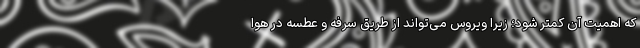
که اهمیت آن کمتر شود؛ زیرا ویروس می‌تواند از طریق سرفه و عطسه در هوا